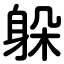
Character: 躲